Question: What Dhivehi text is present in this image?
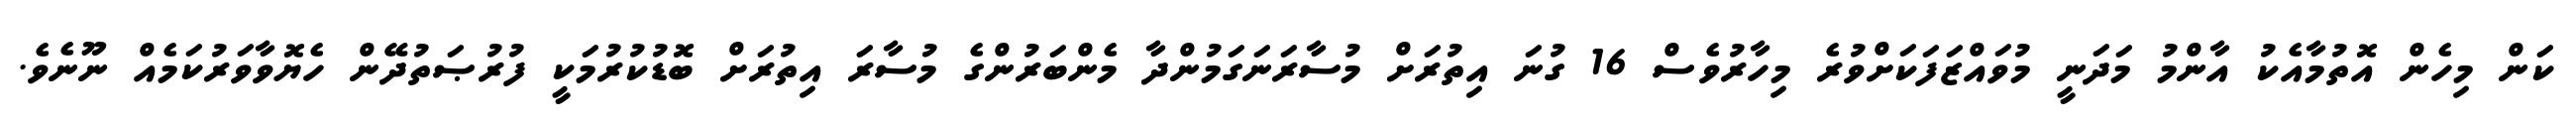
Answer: ކަން މިހެން އޮތުމާއެކު އާންމު މަދަނީ މުވައްޒަފަކަށްވުރެ މިހާރުވެސް 16 ގުނަ އިތުރަށް މުސާރަނަގަމުންދާ މެންބަރުންގެ މުސާރަ އިތުރަށް ބޮޑުކުރުމަކީ ފުރުޞަތުދޭން ހެޔޮވާވަރުކަމެއް ނޫނެވެ.